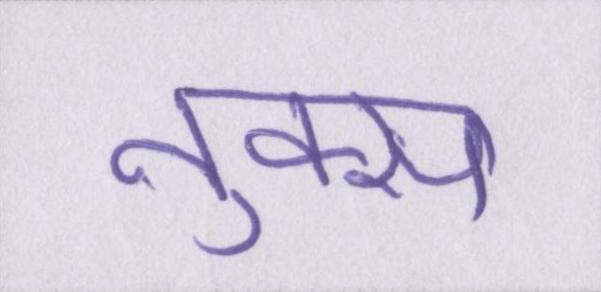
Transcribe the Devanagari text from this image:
नुक्स